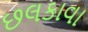
છલકાવા